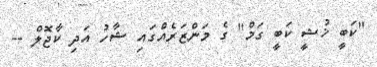
"ކަބީ ޚުޝީ ކަބީ ގަމް" ގެ މަންޒަރެއްގައި ޝާހު އަދި ކާޖޮލް --